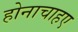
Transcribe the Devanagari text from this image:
होनाचाहए